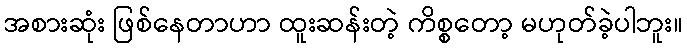
အစားဆုံး ဖြစ်နေတာဟာ ထူးဆန်းတဲ့ ကိစ္စတော့ မဟုတ်ခဲ့ပါဘူး။